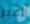
اعبر